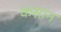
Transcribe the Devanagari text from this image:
कसान